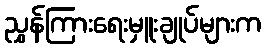
ညွှန်ကြားရေးမှူးချုပ်များက